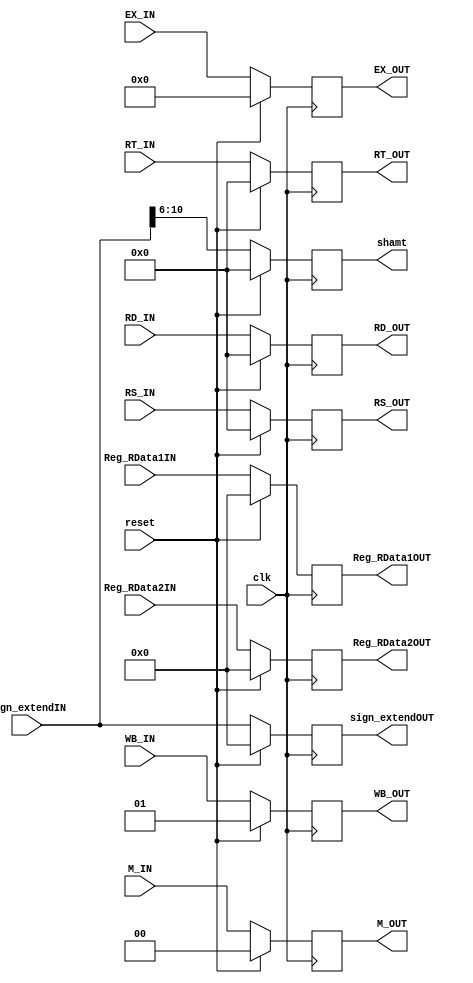
module ID_EXpipe(
	clk, reset,
	WB_IN, M_IN, EX_IN,
	Reg_RData1IN, Reg_RData2IN,
	sign_extendIN,
	RS_IN, RT_IN, RD_IN,
	WB_OUT, M_OUT, EX_OUT,
	Reg_RData1OUT, Reg_RData2OUT,
	sign_extendOUT,
	RS_OUT, RT_OUT, RD_OUT, shamt);
	
	input 	clk, reset;
	input [1:0]	WB_IN;
	input [1:0]	M_IN;
	input [3:0]	EX_IN;
	input [31:0]	Reg_RData1IN;
	input [31:0]	Reg_RData2IN;
	input [31:0]	sign_extendIN;
	input [4:0]	RS_IN;
	input [4:0]	RT_IN;
	input [4:0]	RD_IN;
	
	output [1:0]	WB_OUT;
	output [1:0]	M_OUT;
	output [3:0]	EX_OUT;
	output [31:0]	Reg_RData1OUT;
	output [31:0]	Reg_RData2OUT;
	output [31:0]	sign_extendOUT;
	output [4:0]	RS_OUT;
	output [4:0]	RT_OUT;
	output [4:0]	RD_OUT, shamt;
	
	reg [1:0]	WB_OUT;
	reg [1:0]	M_OUT;
	reg [3:0]	EX_OUT;
	reg [31:0]	Reg_RData1OUT;
	reg [31:0]	Reg_RData2OUT;
	reg [31:0]	sign_extendOUT;
	reg [4:0]	RS_OUT;
	reg [4:0]	RT_OUT;
	reg [4:0]	RD_OUT, shamt;

	always @(posedge clk) begin
		if (reset) begin
			WB_OUT		<= 2'b01;
			M_OUT		<= 2'b00;
			EX_OUT		<= 4'b0000;
			Reg_RData1OUT	<= 32'b0;
			Reg_RData2OUT	<= 32'b0;
			sign_extendOUT	<= 32'b0;
			shamt		<= 5'b0;
			RS_OUT		<= 5'b0;
			RT_OUT		<= 5'b0;
			RD_OUT		<= 5'b0;
		end
		else begin
			WB_OUT		<= WB_IN;
			M_OUT		<= M_IN;
			EX_OUT		<= EX_IN;
			Reg_RData1OUT	<= Reg_RData1IN;
			Reg_RData2OUT	<= Reg_RData2IN;
			sign_extendOUT	<= sign_extendIN;
			shamt		<= sign_extendIN[10:6];
			RS_OUT		<= RS_IN;
			RT_OUT		<= RT_IN;
			RD_OUT		<= RD_IN;
		end
	end
endmodule